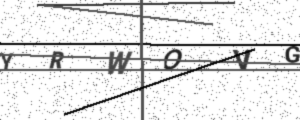
Text: YRWOVG